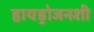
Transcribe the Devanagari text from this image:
हायड्रोजनशी